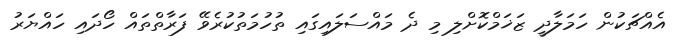
އެއްޗަކުން ހަމަލާދީ ޒަޚަމްކޮށްލި މި ދެ މައްސަލައިގައި ތުހުމަތުކުރެވޭ ފަރާތްތައް ހޯދައި ހައްޔަރު